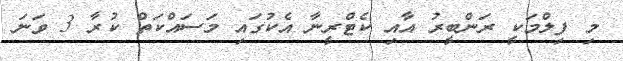
މި ފިލްމަކީ ރަންބީރު އާއި ކެޓްރީނާ އެކުގައި މަސައްކަތް ކުރާ 3 ވަނަ